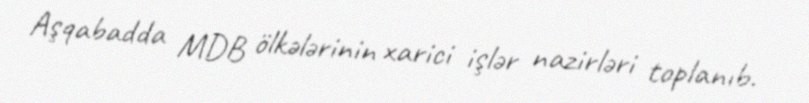
Aşqabadda MDB ölkələrinin xarici işlər nazirləri toplanıb.